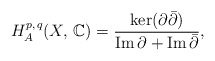
\begin{align*}H^{p,\,q} _{A}(X ,\, \mathbb{C})=\frac{\ker(\partial\bar\partial)}{\operatorname{Im}\partial +\operatorname{Im}\bar\partial},\end{align*}